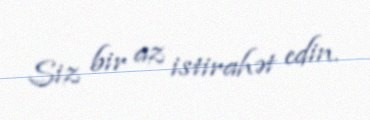
Siz bir az istirahət edin.